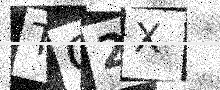
Text: TQ2X